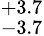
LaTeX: ^{+3.7}_{-3.7}